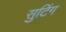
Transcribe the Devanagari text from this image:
सुटिंग